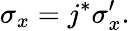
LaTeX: \sigma_{x}=j^{*}\sigma_{x}^{\prime}.